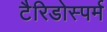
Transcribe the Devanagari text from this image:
टैरिडोस्पर्म